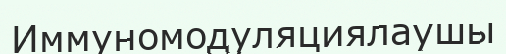
Иммуномодуляциялаушы